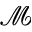
\mathcal { M }